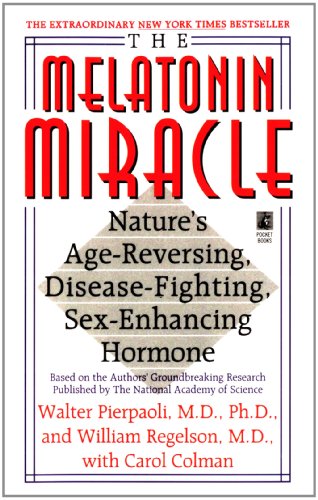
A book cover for The Melatonin Miracle: Nature's Age-Reversing, Disease-Fighting, Sex-Enha; Walter Pierpaoli; Health, Fitness & Dieting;